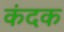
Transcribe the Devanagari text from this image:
कंदक